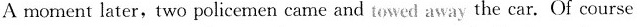
A moment later, two policemen came and towed away the car.Of course